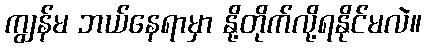
ကျွန်မ ဘယ်နေရာမှာ နို့တိုက်လို့ရနိုင်မလဲ။